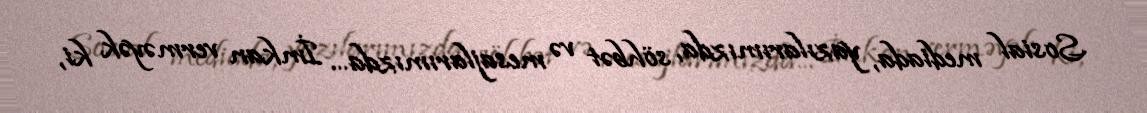
Sosial mediada, yazılarımızda, söhbət və mesajlarımızda... İmkan verməyək ki,